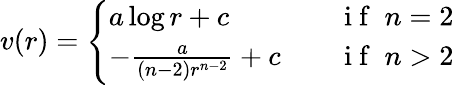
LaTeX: \begin{array}{r}{v(r)=\left\{ \begin{array}{ll}{a\log r+c\quad}&{\mathrm{~i~f~}\; n=2}\\ {-\frac{a}{(n-2)r^{n-2}}+c\quad}&{\mathrm{~i~f~}\; n>2}\end{array}\right.}\end{array}